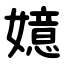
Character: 嬑